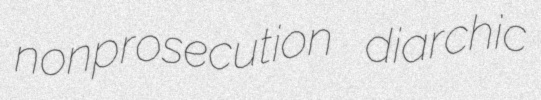
nonprosecution diarchic